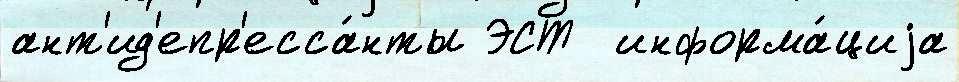
ант'ид'епр'есса́нты ЭСТ  информа́циjа